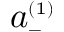
a _ { \scriptscriptstyle - } ^ { \scriptscriptstyle ( 1 ) }